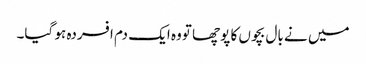
میں نے بال بچوں کا پوچھا تووہ ایک دم افسردہ ہو گیا۔